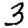
Digit: 3